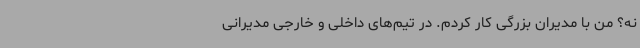
نه؟ من با مدیران بزرگی کار کردم. در تیم‌های داخلی و خارجی مدیرانی